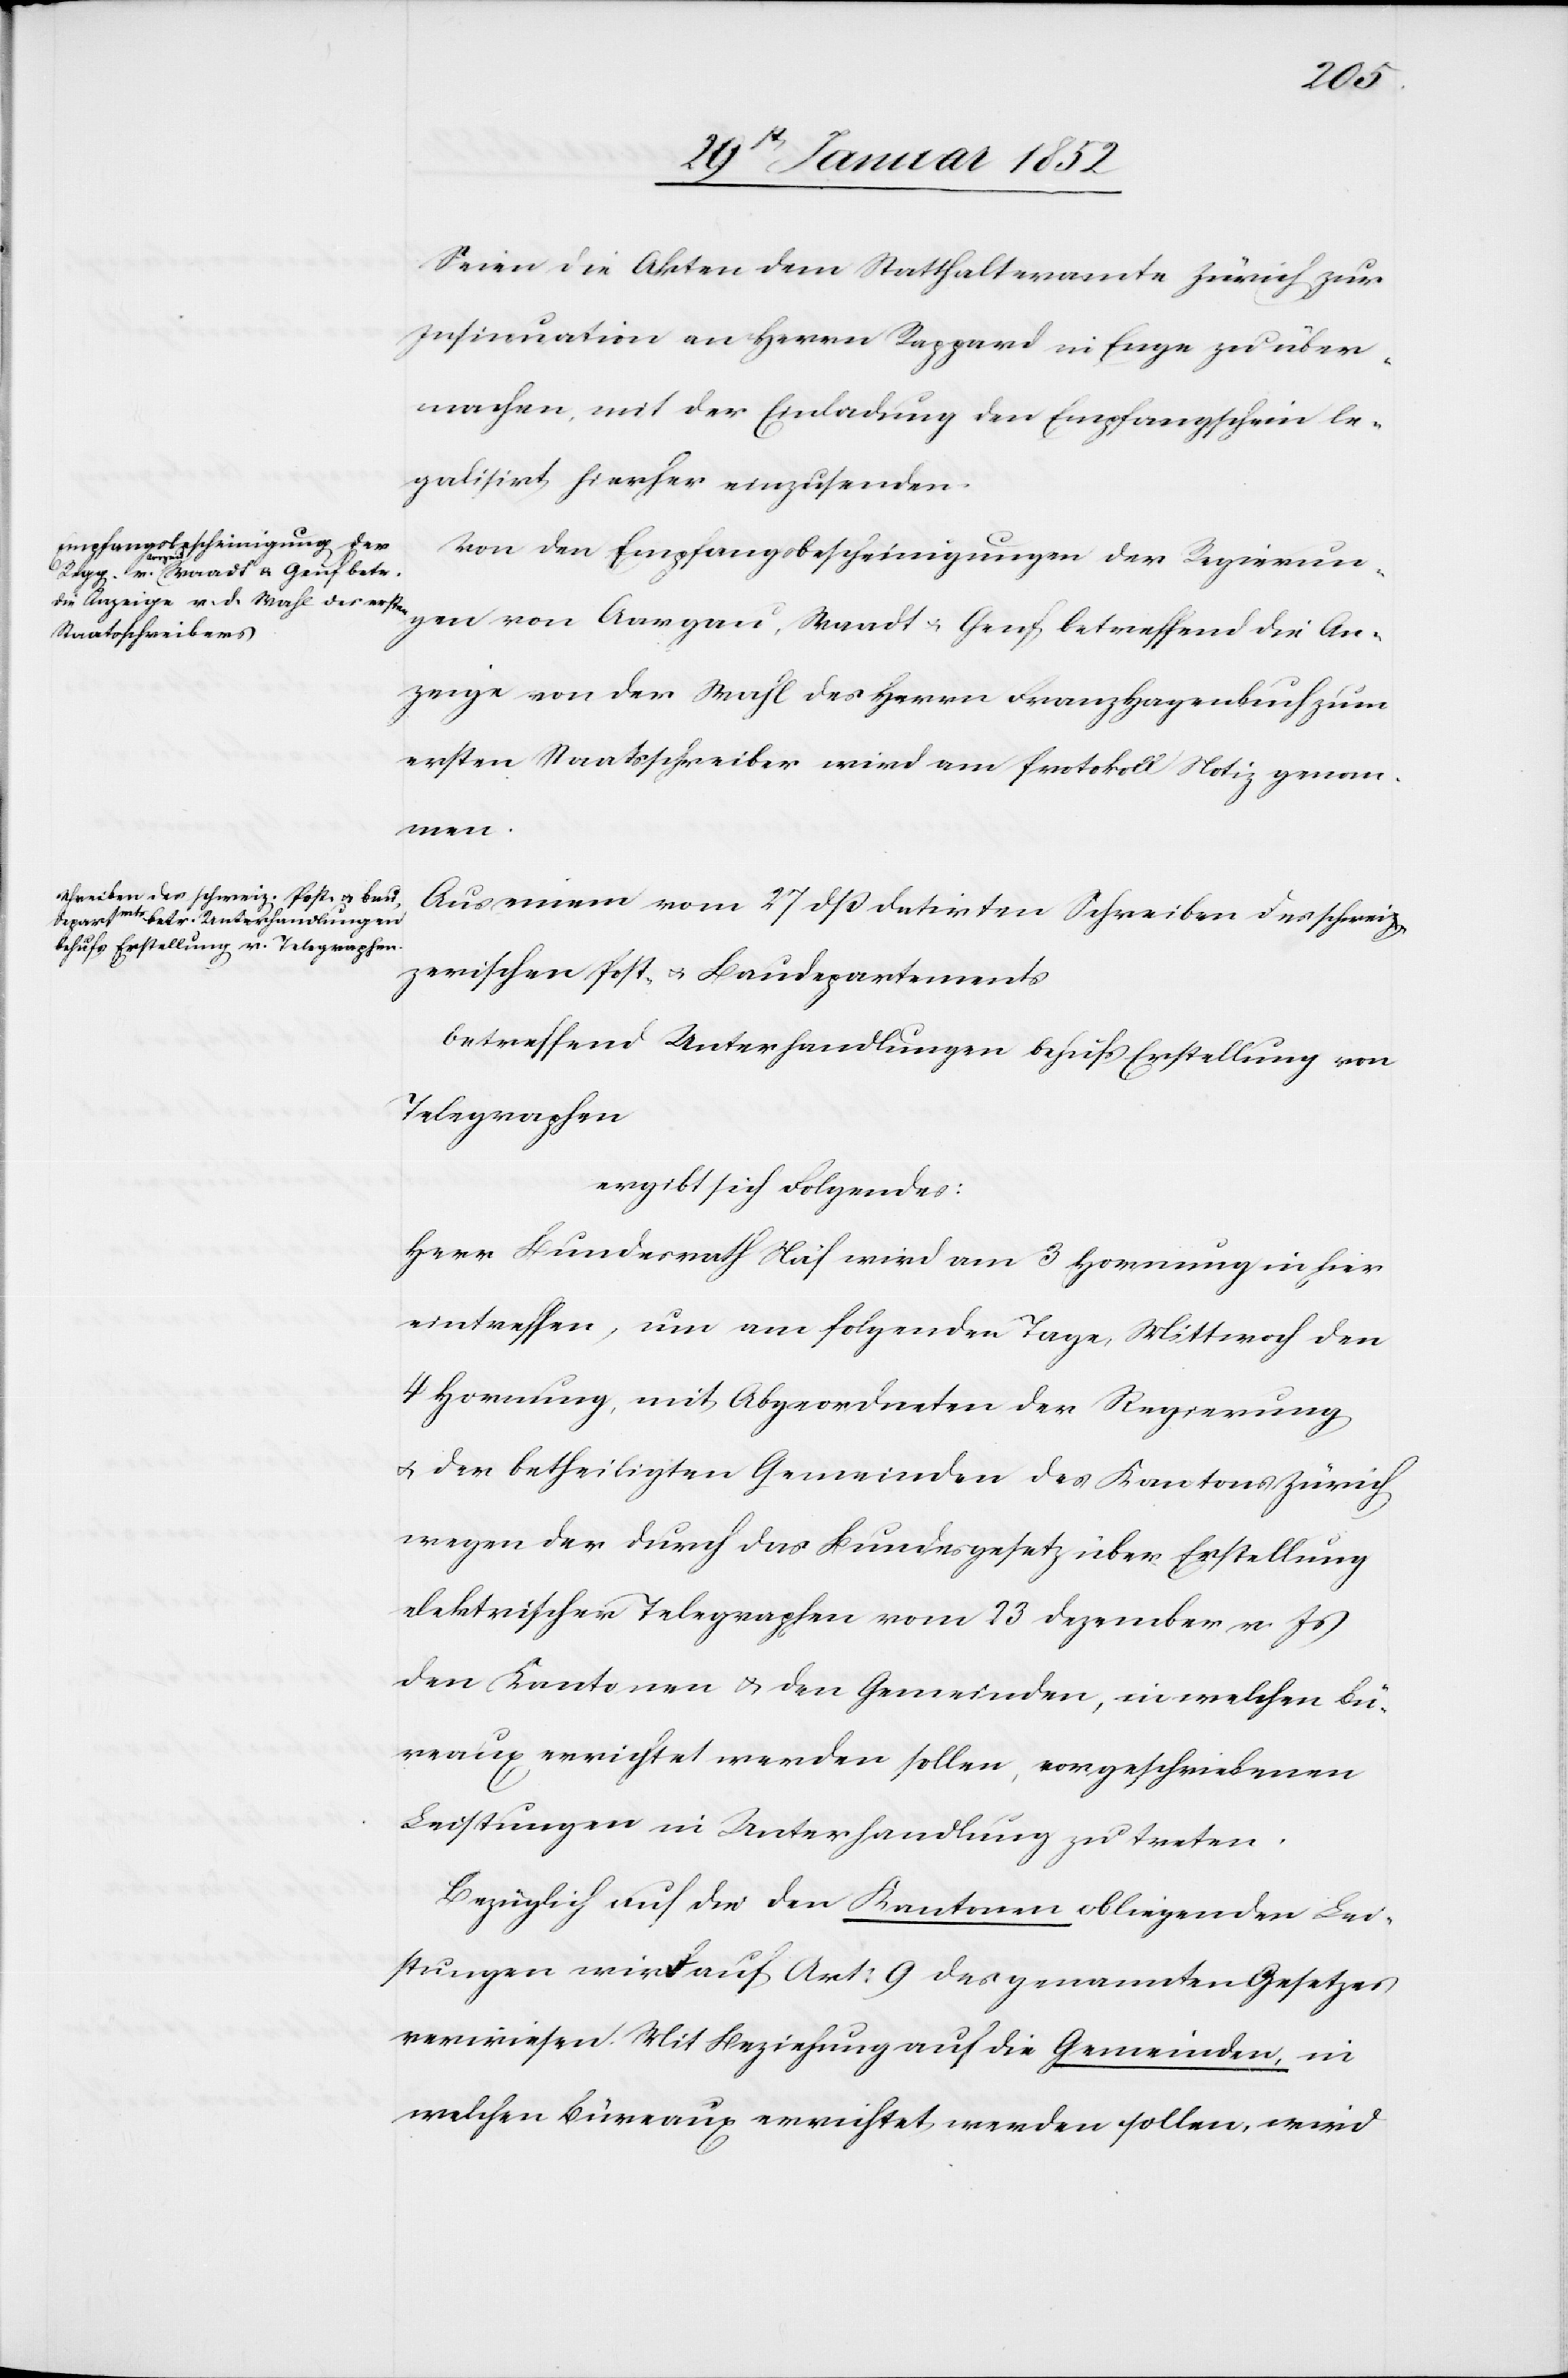
Seien die Akten dem Statthalteramte Zürich zur
Insinuation an Herrn Rappard in Enge zu über¬
machen, mit der Einladung den Empfangschein le¬
galisirt hierher einzusenden.
Von den Empfangsbescheinigungen der Regierun¬
gen von Aargau, Waadt u. Genf betreffend die An¬
zeige von der Wahl des Herrn Franz Hagenbuch zum
ersten Staatsschreiber wird am Protokoll genom¬
men.
Aus einem vom 27 dß datirten Schreiben des schweiz¬
erischen Post- u. Baudepartements
betreffend Unterhandlungen behufs Erstellung von
Telegraphen
ergibt sich Folgendes:
Herr Bundesrath Näf wird am 3 Hornung in hier
eintreffen, um am folgenden Tage, Mittwoch den
4 Hornung, mit Abgeordneten der Regierung
u. den betheiligten Gemeinden des Kantons Zürich
wegen der durch das Bundesgesetz über Erstellung
elektrischer Telegraphen vom 23 Dezember v. Js
den Kantonen u. den Gemeinden, in welchen Bü¬
reaux errichtet werden sollen, vorgeschriebenen
Leistungen in Unterhandlung zu treten.
Bezüglich auf die den Kantonen obliegenden Lei¬
stungen wird auf Art: 9 des genannten Gesetzes
verwiesen. Mit Beziehung auf die Gemeinden, in
welchen Büreaux errichtet werden sollen, wird